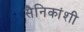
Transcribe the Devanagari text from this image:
सैनिकांशी